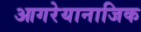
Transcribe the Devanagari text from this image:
आगरेयानाजिक